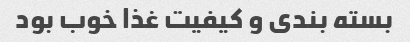
بسته بندی و کیفیت غذا خوب بود